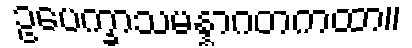
ဥပေက္ခာသမန္နာဂတကထာ။